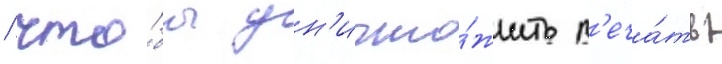
/ что́бы ун'ичто́жить п'еча́ть